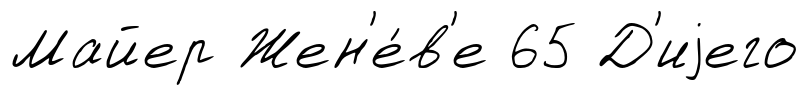
Майер Жен'е́в'е 65 Д'иjего